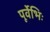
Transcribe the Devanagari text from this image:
पूर्वेभिः